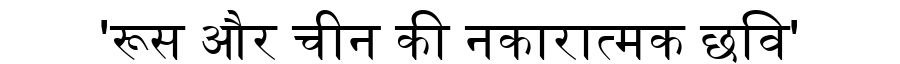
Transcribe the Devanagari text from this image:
'रूस और चीन की नकारात्मक छवि'